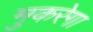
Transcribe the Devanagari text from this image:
मुकरेगा